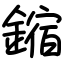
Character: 鏥